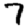
Digit: 7